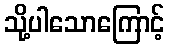
သို့ပါသောကြောင့်